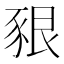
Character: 豤